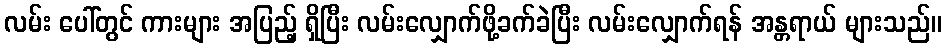
လမ်း ပေါ်တွင် ကားများ အပြည့် ရှိပြီး လမ်းလျှောက်ဖို့ခက်ခဲပြီး လမ်းလျှောက်ရန် အန္တရာယ် များသည်။